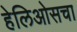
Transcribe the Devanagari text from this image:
हेलिओसचा